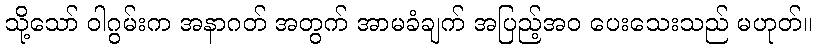
သို့သော် ဝါဂွမ်းက အနာဂတ် အတွက် အာမခံချက် အပြည့်အဝ ပေးသေးသည် မဟုတ်။